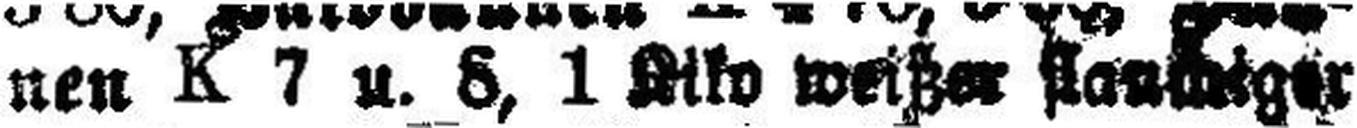
nen K 7 u. 8, 1 Alto weißer flauchiger